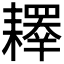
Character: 𰭲